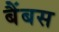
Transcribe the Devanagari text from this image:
बैंबस